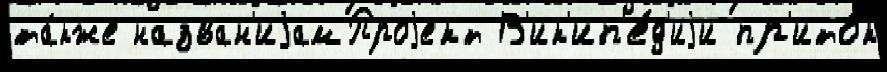
та́кже назван'иjамПроjект В'ик'ип'е́д'иjи пр'ито́к